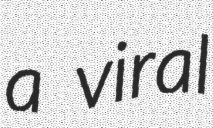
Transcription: a viral